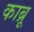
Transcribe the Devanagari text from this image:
काब्रू